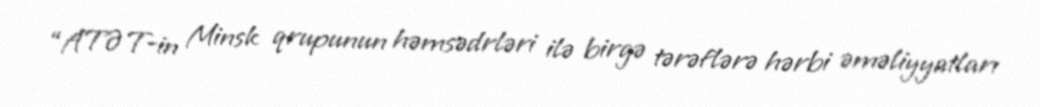
“ATƏT-in Minsk qrupunun həmsədrləri ilə birgə tərəflərə hərbi əməliyyatları